Document type: Acquittance
Year: 1296
Scribe: Jaume de Malví
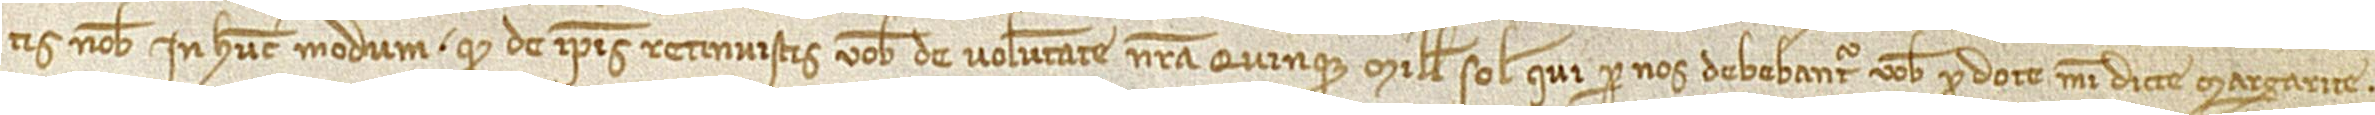
tis nobis in hun modum quod de ipsis retinuistis vobis de voluntate nostra quinque mille solidos qui per nos debebantur vobis pro dote mei dicte Margarite;